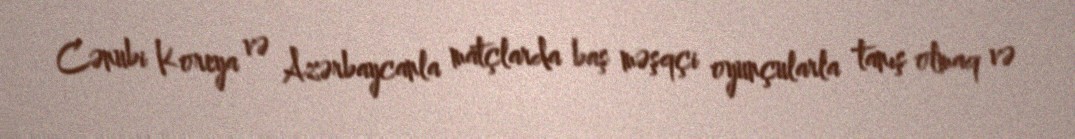
Cənubi Koreya və Azərbaycanla matçlarda baş məşqçi oyunçularla tanış olmaq və